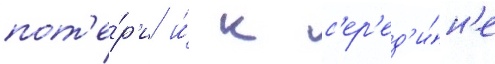
пот'е́р'и и́ к с'ер'ед'и́н'е